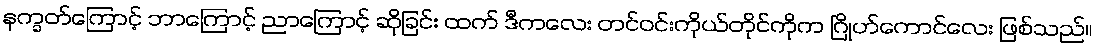
နက္ခတ်ကြောင့် ဘာကြောင့် ညာကြောင့် ဆိုခြင်း ထက် ဒီကလေး တင်ဝင်းကိုယ်တိုင်ကိုက ဂြိုဟ်ကောင်လေး ဖြစ်သည်။